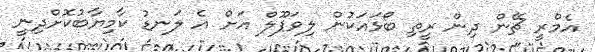
އެމްރީ ޗޭން ދިން ރީތި ބޯޅައަކުން ލިވަޕޫލް އަށް އެ ލަނޑު ކާމިޔާބުކޮށްދިނީ